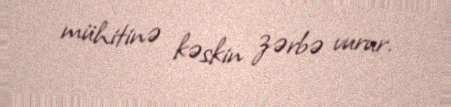
mühitinə kəskin zərbə vurur.